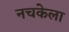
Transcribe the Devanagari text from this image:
नचकेला